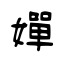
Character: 嬋